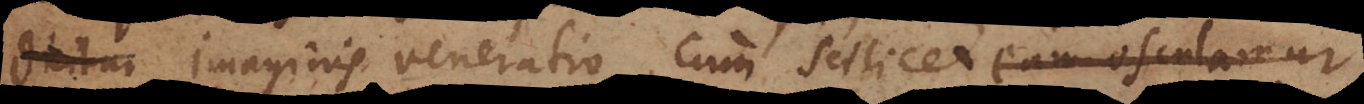
imaginis veneratio. Cum scilicet eam osculamur